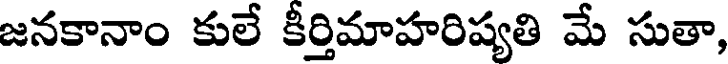
జనకానాం కులే కీర్తిమాహరిష్యతి మే సుతా,